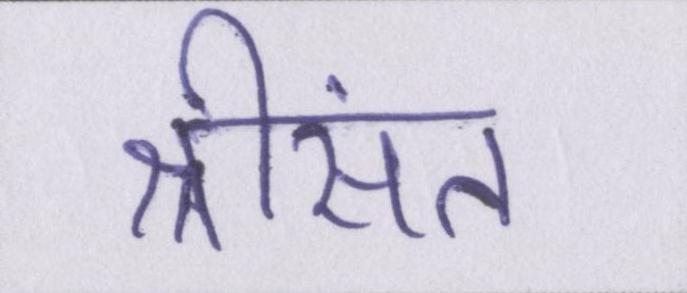
श्रीसंत